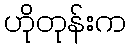
ဟိုတုန်းက